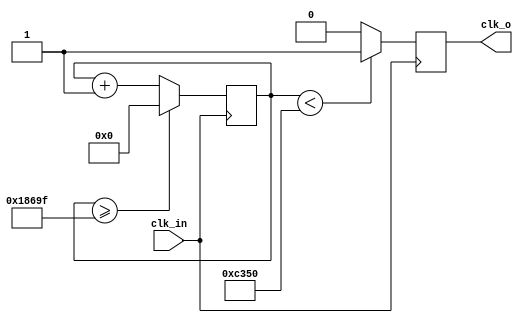
`timescale 1ns / 1ps
//////////////////////////////////////////////////////////////////////////////////
// Company: 
// Engineer: 
// 
// Design Name: 
// Module Name: Clock_divider_slower
// Project Name: 
// Target Devices: 
// Tool Versions: 
// Description: 
// 
// Dependencies: 
// 
// Revision:
// Revision 0.01 - File Created
// Additional Comments:
// 
//////////////////////////////////////////////////////////////////////////////////


module Clock_divider_slower(
    input clk_in,
    output reg clk_o
    );
reg [50:0] counter = 50'd0;
parameter Divider = 50'd100000;
always @ (posedge clk_in) begin
    counter<= counter + 50'd1;
    
    if ( counter >= (Divider - 1))
        counter <= 50'd0;
    
    clk_o <= (counter<Divider/2)?1'b1:1'b0;
     
end
endmodule